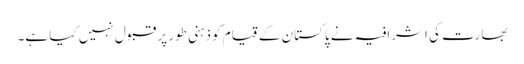
بھارت کی اشرافیہ نے پاکستان کے قیام کو ذہنی طور پر قبول نہیں کیا ہے۔